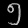
Digit: ၅